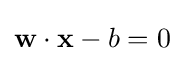
\mathbf {w} \cdot \mathbf {x} -b=0